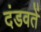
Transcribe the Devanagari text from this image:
दंडवतें